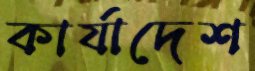
কার্যাদেশ